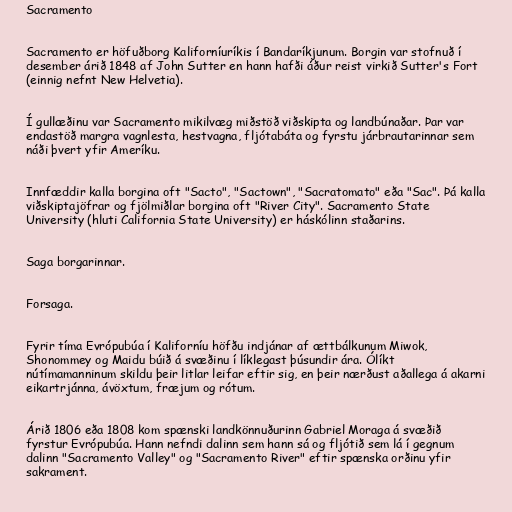
Sacramento

Sacramento er höfuðborg Kaliforníuríkis í Bandaríkjunum. Borgin var stofnuð í
desember árið 1848 af John Sutter en hann hafði áður reist virkið Sutter's Fort
(einnig nefnt New Helvetia).

Í gullæðinu var Sacramento mikilvæg miðstöð viðskipta og landbúnaðar. Þar var
endastöð margra vagnlesta, hestvagna, fljótabáta og fyrstu járbrautarinnar sem
náði þvert yfir Ameríku.

Innfæddir kalla borgina oft "Sacto", "Sactown", "Sacratomato" eða "Sac". Þá kalla
viðskiptajöfrar og fjölmiðlar borgina oft "River City". Sacramento State
University (hluti California State University) er háskólinn staðarins.

Saga borgarinnar.

Forsaga.

Fyrir tíma Evrópubúa í Kaliforníu höfðu indjánar af ættbálkunum Miwok,
Shonommey og Maidu búið á svæðinu í líklegast þúsundir ára. Ólíkt
nútímamanninum skildu þeir litlar leifar eftir sig, en þeir nærðust aðallega á akarni
eikartrjánna, ávöxtum, fræjum og rótum.

Árið 1806 eða 1808 kom spænski landkönnuðurinn Gabriel Moraga á svæðið
fyrstur Evrópubúa. Hann nefndi dalinn sem hann sá og fljótið sem lá í gegnum
dalinn "Sacramento Valley" og "Sacramento River" eftir spænska orðinu yfir
sakrament.